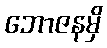
ဘောဇနမှိ